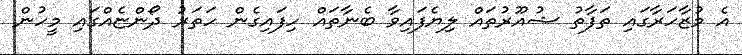
އެ މުޒާހަރާގައި ތަފާތު ޝުއޫރުތައް ލިޔެފައިވާ ބެނާތައް ހިފައިގެން ހަތަރު ދޯންޏެއްގައި މީހުން